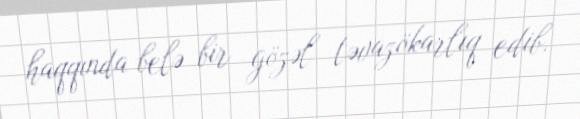
haqqında belə bir gözəl təvazökarlıq edib.